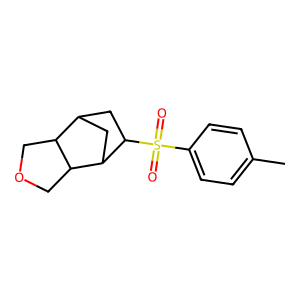
SMILES: Cc1ccc(S(=O)(=O)C2CC3CC2C2COCC32)cc1
Inhibits HIV replication: No